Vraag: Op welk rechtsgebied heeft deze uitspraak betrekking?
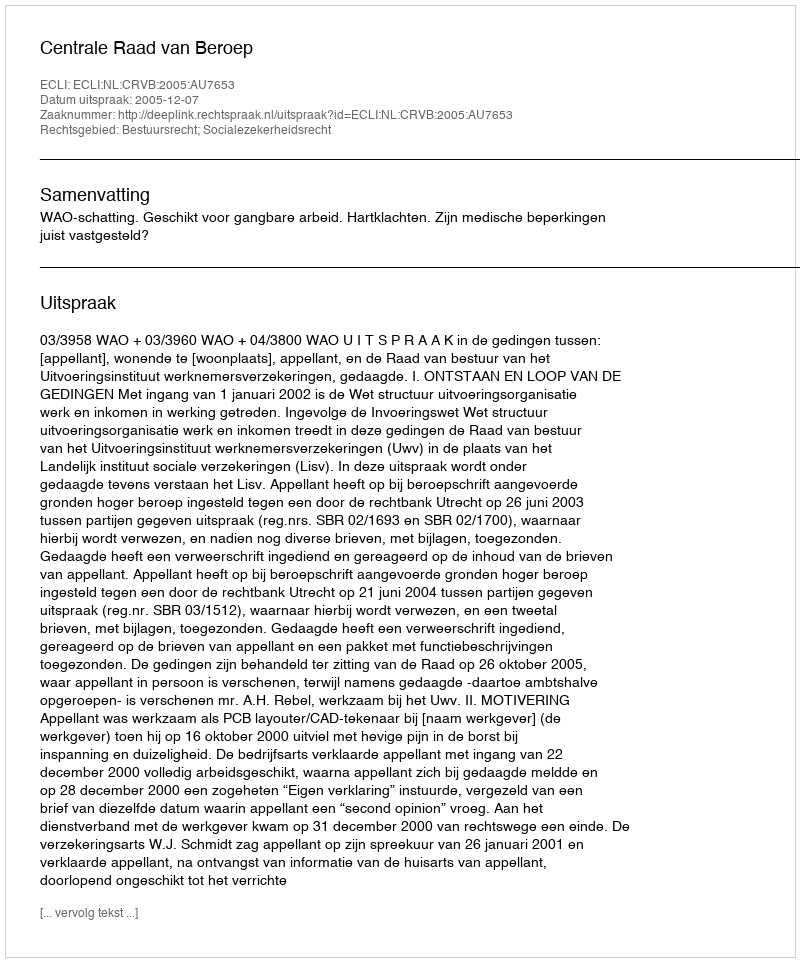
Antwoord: Bestuursrecht; Socialezekerheidsrecht